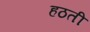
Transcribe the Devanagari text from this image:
हठती